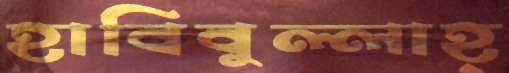
হাবিবুল্লাহ্